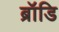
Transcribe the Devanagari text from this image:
ब्रॉडि